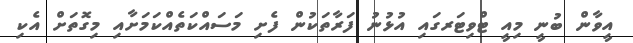
އީވާން ބުނީ މިއީ ޓްވިޓަރގައި އުޅުނު ފަރާތަކުން ފެށި މަސައްކަތެއްކަމަށާއި މިގޮތަށް އެކި